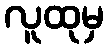
လူထုမှ